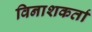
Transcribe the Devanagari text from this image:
विनाशकर्ता